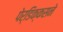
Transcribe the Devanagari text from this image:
पेर्डिक्कसने